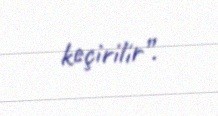
keçirilir”.